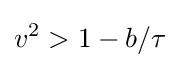
v^{2}>1-b/\tau